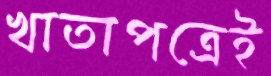
খাতাপত্রেই